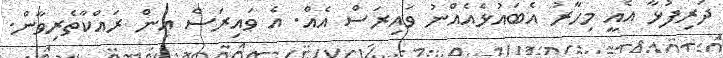
ދަރިފުޅާ އެއީ މިހާރު އެބައުޅެއެއްނު ވައިރަސް އެއް. އެ ވައިރަސް އިން ރައްކާތެރިވާން.